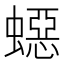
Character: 𧑕